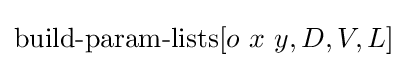
\operatorname {build-param-lists} [o\ x\ y,D,V,L]